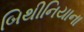
બિથીનિયાના